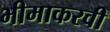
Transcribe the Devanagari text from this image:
भीमाकरवी